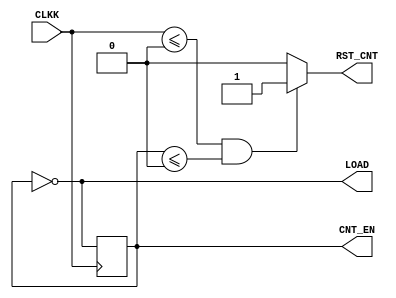
module FTCTRL  (CLKK, CNT_EN, RST_CNT, LOAD);
  input CLKK;
  output CNT_EN, RST_CNT, LOAD;
  wire CNT_EN, LOAD;
  reg RST_CNT, Div2CLK;
  always @(posedge CLKK)
     Div2CLK <= ~Div2CLK;
  always @(CLKK or Div2CLK)
     begin
        if (CLKK <=1'b0 & Div2CLK <=1'b0)
            RST_CNT <=1'b1;
        else
            RST_CNT <=1'b0;
     end
  assign LOAD = ~Div2CLK;
  assign CNT_EN = Div2CLK;
endmodule